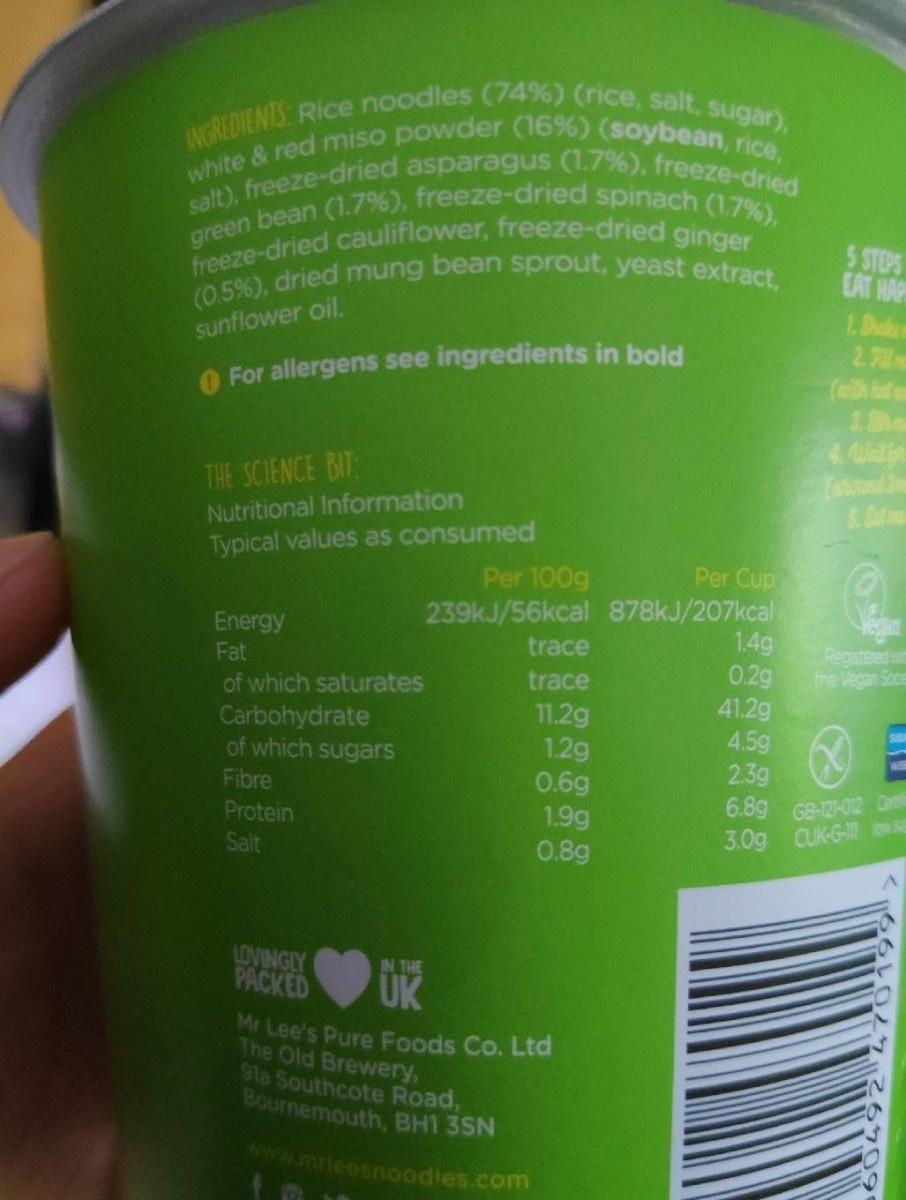
INGREDIENIS Rice noodles (74%) (rice, salt, sugar), white & red miso powder (16%) (soybean, rice, salt), freeze-dried asparagus (1.7%), freeze-dried green bean (1.7%), freeze-dried spinach (1.7%), freeze-dried cauliflower, freeze-dried ginger (0.5%), dried mung bean sprout, yeast extract,
5 STEPS EAT HAP 1. Bak 2.7
sunflower oil.
O For allergens see ingredients in bold
(eh hut 1. 4.
THE SCIENCE BIT Nutritional Information Typical values as consumed
Per Cup
Per 100g 239KJ/56kcal 878kJ/207kcal trace
Energy
1.4g 0.29 41.2g 4.5g 2.3g 6.8g G8-121-012 Cen 3.0g CUK-G- iowsE
Registered w the Vegan Soce
Fat
trace
of which saturates Carbohydrate of which sugars
11.2g 1.2g 0.6g 1.9g 0.8g
Fibre Protein
Salt
LOVINGLY PACKED
IN THE
UK
Mr Lee's Pure Foods Co. Ltd The Old Brewery, 91a Southcote Road, Bournemouth, BH1 3SN
www.mrieesnoodles.com